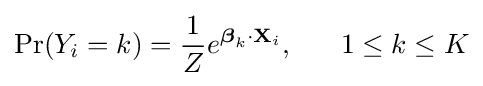
\Pr(Y_{i}=k)={\frac {1}{Z}}e^{{\boldsymbol {\beta }}_{k}\cdot \mathbf {X} _{i}},\;\;\;\;\;\;1\leq k\leq K